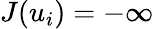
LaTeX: J(u_{i})=-\infty